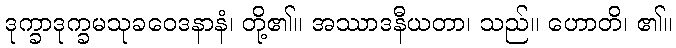
ဒုက္ခာဒုက္ခမသုခဝေဒနာနံ၊ တို့၏။ အဿာဒနီယတာ၊ သည်။ ဟောတိ၊ ၏။